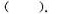
( ).